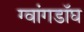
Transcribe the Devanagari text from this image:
ग्वांगडॉघ